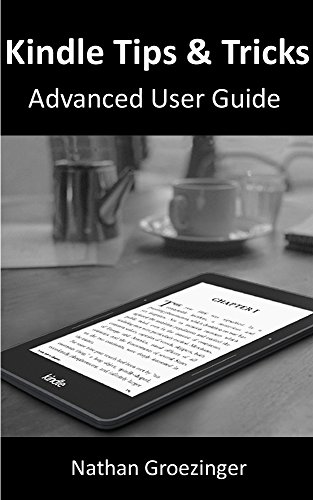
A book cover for Kindle Tips & Tricks Advanced User Guide; Nathan Groezinger; Computers & Technology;